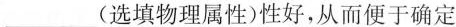
___ (选填物理属性)性好，从而便于确定